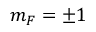
m _ { F } = \pm 1